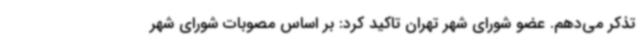
تذکر می‌دهم. عضو شورای شهر تهران تاکید کرد: بر اساس مصوبات شورای شهر